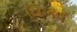
વિગત